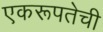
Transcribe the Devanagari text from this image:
एकरूपतेची